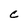
Character: c